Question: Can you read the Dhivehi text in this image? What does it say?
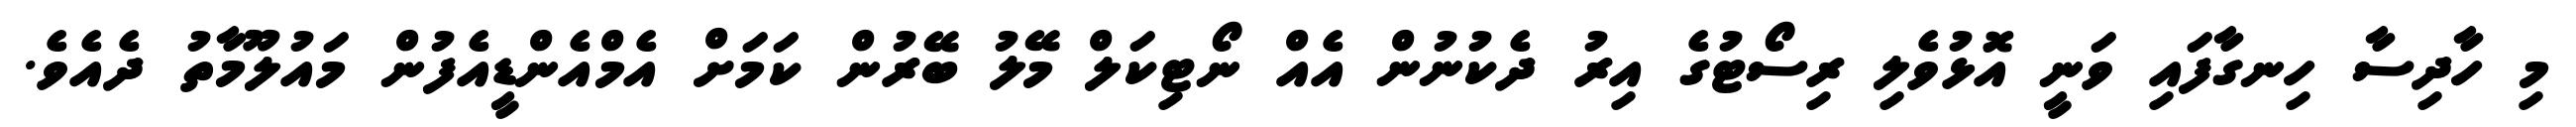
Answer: މި ހާދިސާ ހިނގާފައި ވަނީ އޮޅުވެލި ރިސޯޓުގެ އިރު ދެކުނުން އެއް ނޯޓިކަލް މޭލު ބޭރުން ކަމަށް އެމްއެންޑީއެފުން މައުލޫމާތު ދެއެވެ.